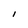
Character: l